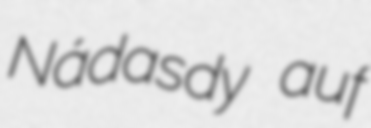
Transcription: Nádasdy auf